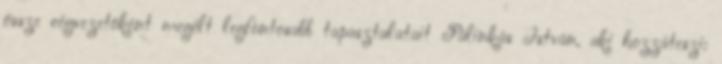
össze cégvezetôként megélt legfontosabb tapasztalatait Pálinkás István, aki hozzáteszi: